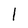
Character: l